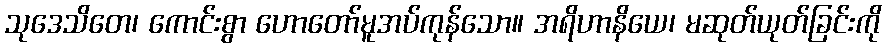
သုဒေသိတေ၊ ကောင်းစွာ ဟောတော်မူအပ်ကုန်သော။ အရိဟာနိယေ၊ မဆုတ်ယုတ်ခြင်းကို